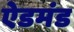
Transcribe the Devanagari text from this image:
ऐडमंड